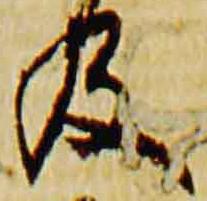
及